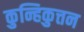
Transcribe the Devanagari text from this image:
कुन्हिकुत्तन